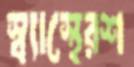
স্ব্যাস্থেরশ